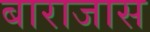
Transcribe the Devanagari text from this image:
बाराजास